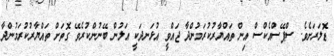
ޑޮލަރަށެވެ. ސްޕޭސްއެކްސް އިން ތައްޔާރުކުރަމުންދާ ޖައްވީ އުޅަނދަކީ އަލުން ބޭނުންކުރެވޭ ގޮތަށް ތައްޔާރުކުރަމުންދާ